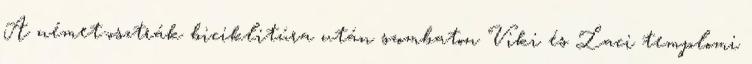
A német-osztrák biciklitúra után szombaton Viki és Laci templomi